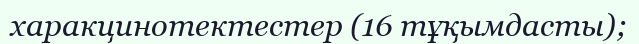
харакцинотектестер (16 тұқымдасты);